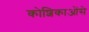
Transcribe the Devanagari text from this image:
कोशिकाओंसे